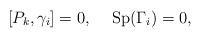
\begin{align*}[P_k,\gamma_i]=0, \hspace{5mm} {\rm Sp}(\Gamma_i)=0, \end{align*}